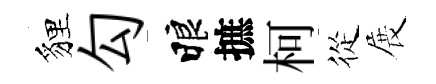
貍勾睱摭柯從展